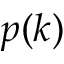
p ( k )